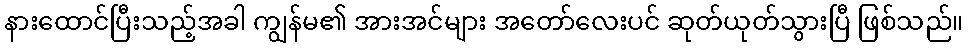
နားထောင်ပြီးသည့်အခါ ကျွန်မ၏ အားအင်များ အတော်လေးပင် ဆုတ်ယုတ်သွားပြီ ဖြစ်သည်။